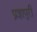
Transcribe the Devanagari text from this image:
प्रज्ञापुरी